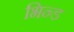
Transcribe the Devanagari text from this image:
भिन्ड